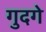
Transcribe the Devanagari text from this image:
गुदगे